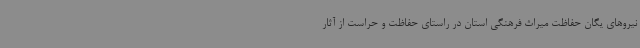
نیروهای یگان حفاظت میراث فرهنگی استان در راستای حفاظت و حراست از آثار